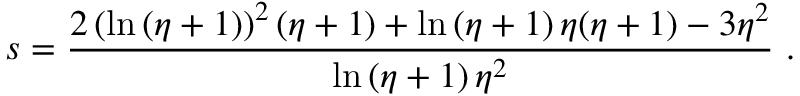
s = \frac { 2 \left( \ln \left( \eta + 1 \right) \right) ^ { 2 } ( \eta + 1 ) + \ln \left( \eta + 1 \right) \eta ( \eta + 1 ) - 3 \eta ^ { 2 } } { \ln \left( \eta + 1 \right) \eta ^ { 2 } } \ .